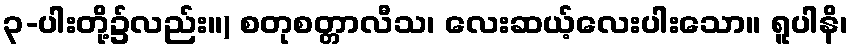
၃-ပါးတို့၌လည်း။) စတုစတ္တာလီသ၊ လေးဆယ့်လေးပါးသော။ ရူပါနိ၊